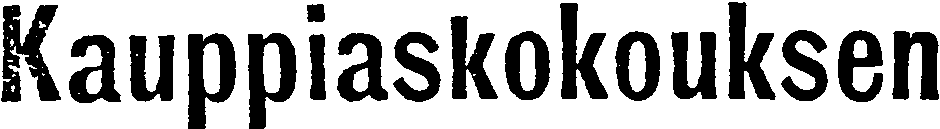
Kauppiaskokouksen